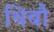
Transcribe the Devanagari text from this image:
थिबौ